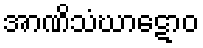
အာဏိသံဃာဋောဝ